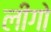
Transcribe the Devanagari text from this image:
लींगो